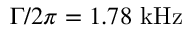
\Gamma / 2 \pi = 1 . 7 8 ~ \mathrm { { k H z } }